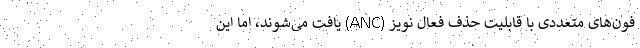
فون‌های متعددی با قابلیت حذف فعال نویز (ANC) یافت می‌شوند، اما این